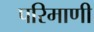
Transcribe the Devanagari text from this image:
परिमाणी